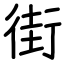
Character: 街